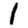
Digit: 1